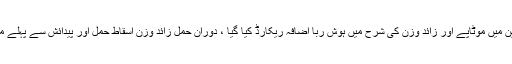
لندن : برطانیہ کی حاملہ خواتین میں موٹاپے اور زائد وزن کی شرح میں ہوش ربا اضافہ ریکارڈ کیا گیا ، دوران حمل زائد وزن اسقاط حمل اور پیدائش سے پہلے موت کا سبب بھی بن سکتا ہے۔